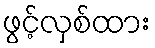
ဖွင့်လှစ်ထား